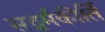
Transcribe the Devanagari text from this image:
सद्धर्मकीर्ति